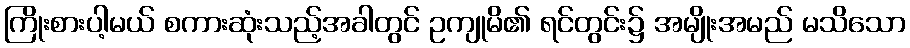
ကြိုးစားပါ့မယ် စကားဆုံးသည့်အခါတွင် ဥကျုမိ၏ ရင်တွင်း၌ အမျိုးအမည် မသိသော